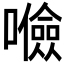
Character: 𱕚